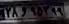
۲۸و۹۵۳۹۹